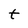
Character: t